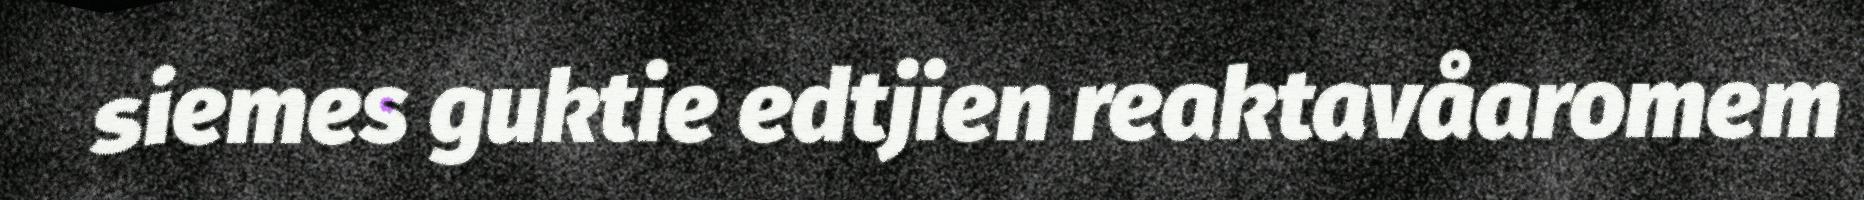
siemes guktie edtjien reaktavåaromem